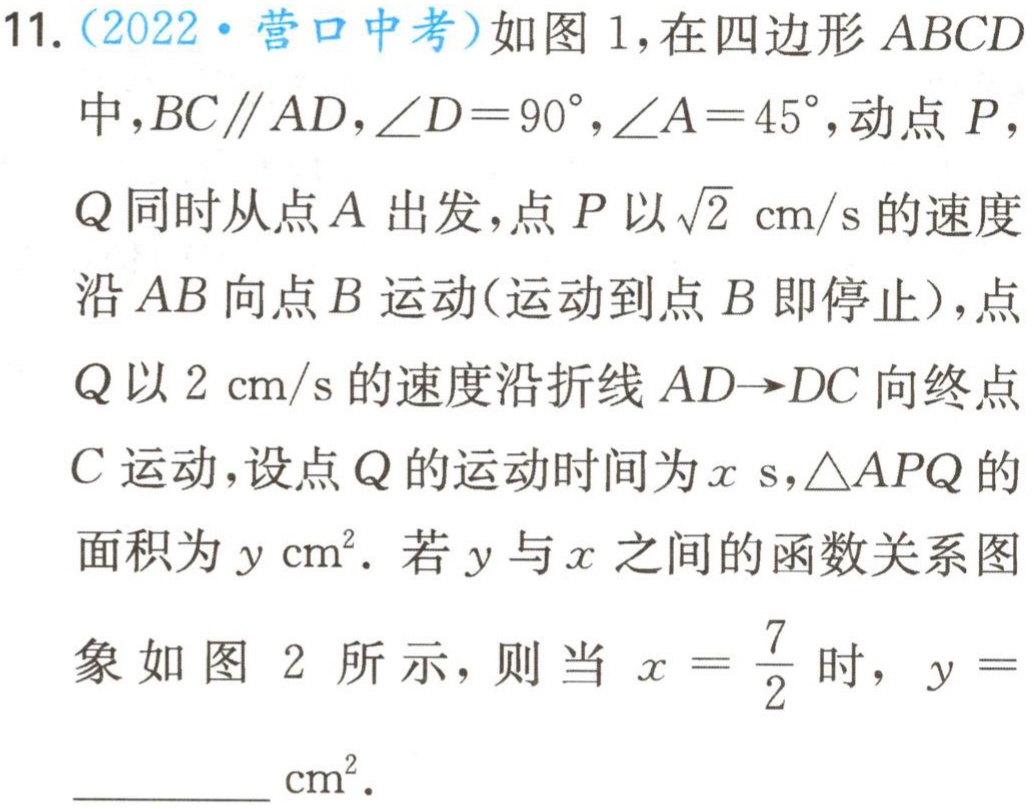
11.（2022·营口中考）如图1，在四边形\(ABCD\)中，\(BC\parallel AD\)，\(\angle D = 90^{\circ}\)，\(\angle A = 45^{\circ}\)，动点\(P\)，\(Q\)同时从点\(A\)出发，点\(P\)以\(\sqrt{2}\text{ cm/s}\)的速度沿\(AB\)向点\(B\)运动（运动到点\(B\)即停止），点\(Q\)以\(2\text{ cm/s}\)的速度沿折线\(AD\rightarrow DC\)向终点\(C\)运动，设点\(Q\)的运动时间为\(x\text{ s}\)，\(\triangle APQ\)的面积为\(y\text{ cm}^2\)．若\(y\)与\(x\)之间的函数关系图象如图2所示，则当\(x = \frac{7}{2}\)时，\(y =\)  \_\_\_\_\_\(\text{ cm}^2\)．